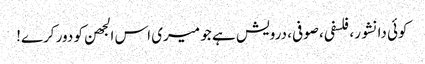
کوئی دانشور، فلسفی، صوفی، درویش ہے جو میری اس الجھن کو دور کرے!